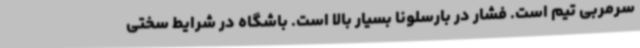
سرمربی تیم است. فشار در بارسلونا بسیار بالا است. باشگاه در شرایط سختی